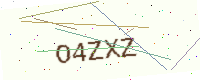
Text: O4ZXZ